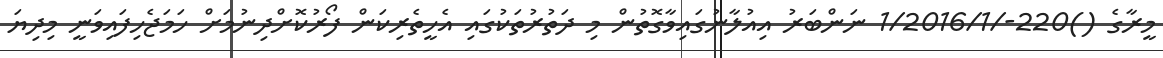
މީރާގެ ()220-/1/2016/1 ނަންބަރު އިއުލާނުގައިވާގޮތުން މި ދަތުރުތަކުގައި އެހީތެރިކަން ފޯރުކޮށްދިނުމަށް ހަމަޖެހިފައިވަނީ މިދިޔަ